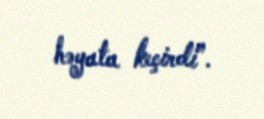
həyata keçirdi”.